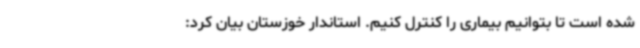
شده است تا بتوانیم بیماری را کنترل کنیم. استاندار خوزستان بیان کرد: